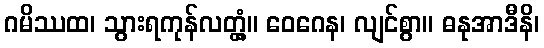
ဂမိဿထ၊ သွားရကုန်လတ္တံ့။ ဝေဂေန၊ လျင်စွာ။ ဓနုအာဒီနိ၊